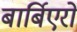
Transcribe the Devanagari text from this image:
बार्बिएरो